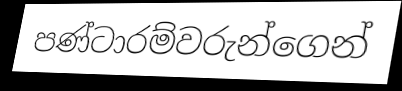
පණ්ටාරම්වරුන්ගෙන්